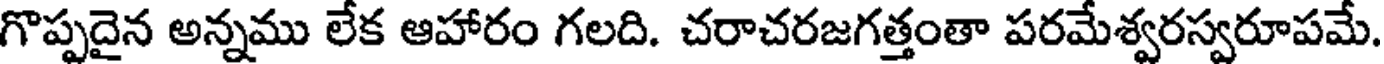
గొప్పదైన అన్నము లేక ఆహారం గలది. చరాచరజగత్తంతా పరమేశ్వరస్వరూపమే.